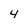
Character: 4